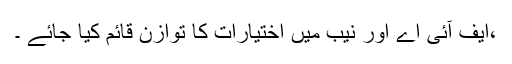
،ایف آئی اے اور نیب میں اختیارات کا توازن قائم کیا جائے ۔